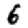
Digit: 6